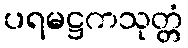
ပရမဋ္ဌကသုတ္တံ